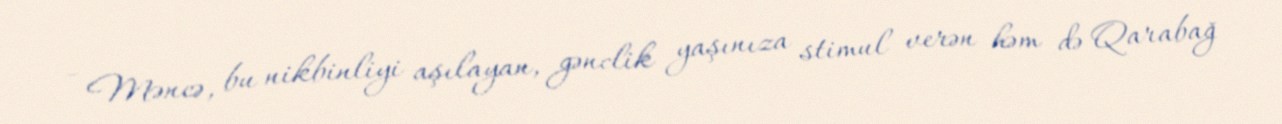
- Məncə, bu nikbinliyi aşılayan, gənclik yaşınıza stimul verən həm də Qarabağ